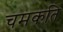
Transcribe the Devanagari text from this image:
चमकति